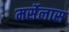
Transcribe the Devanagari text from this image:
मर्सेलास